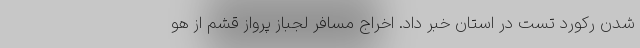
شدن رکورد تست در استان خبر داد. اخراج مسافر لجباز پرواز قشم از هو